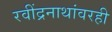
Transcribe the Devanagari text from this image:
रवींद्रनाथांवरही